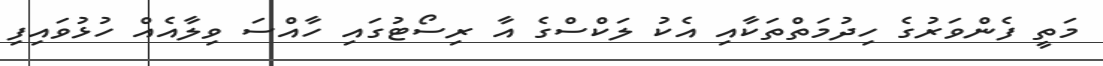
މަތީ ފެންވަރުގެ ހިދުމަތްތަކާއި އެކު ލަކްސްގެ އާ ރިސޯޓުގައި ހާއްސަ ވިލާއެއް ހުޅުވައިފި